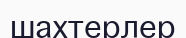
шахтерлер